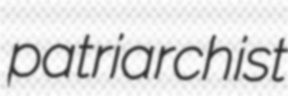
patriarchist